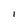
Character: I